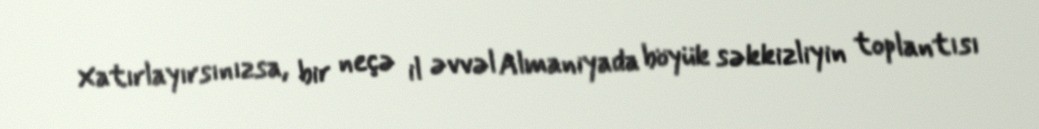
Xatırlayırsınızsa, bir neçə il əvvəl Almaniyada böyük səkkizliyin toplantısı